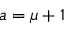
a = \mu + 1